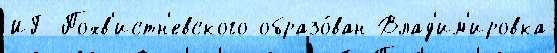
ИГ Похв'истн'евского образо́ван Влад'им'ировка